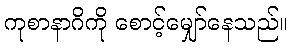
ကုစာနာဂိကို စောင့်မျှော်နေသည်။